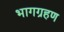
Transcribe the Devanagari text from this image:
भागग्रहण